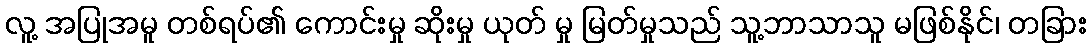
လူ့ အပြုအမူ တစ်ရပ်၏ ကောင်းမှု ဆိုးမှု ယုတ် မှု မြတ်မှုသည် သူ့ဘာသာသူ မဖြစ်နိုင်၊ တခြား